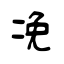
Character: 凂